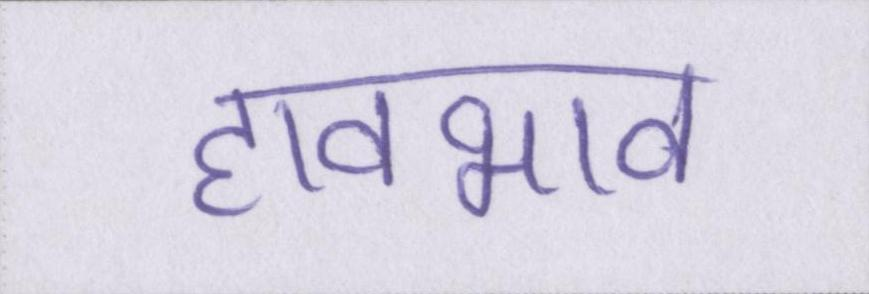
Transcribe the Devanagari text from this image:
हावभाव